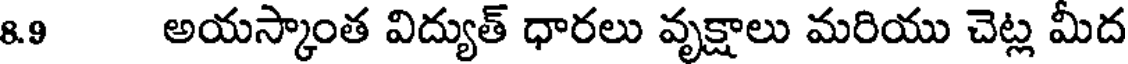
8.9 అయస్కాంత విద్యుత్ ధారలు వృక్షాలు మరియు చెట్ల మీద